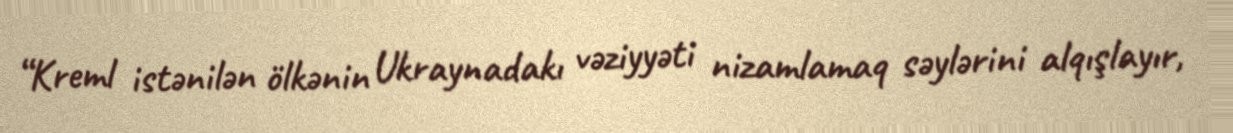
“Kreml istənilən ölkənin Ukraynadakı vəziyyəti nizamlamaq səylərini alqışlayır,